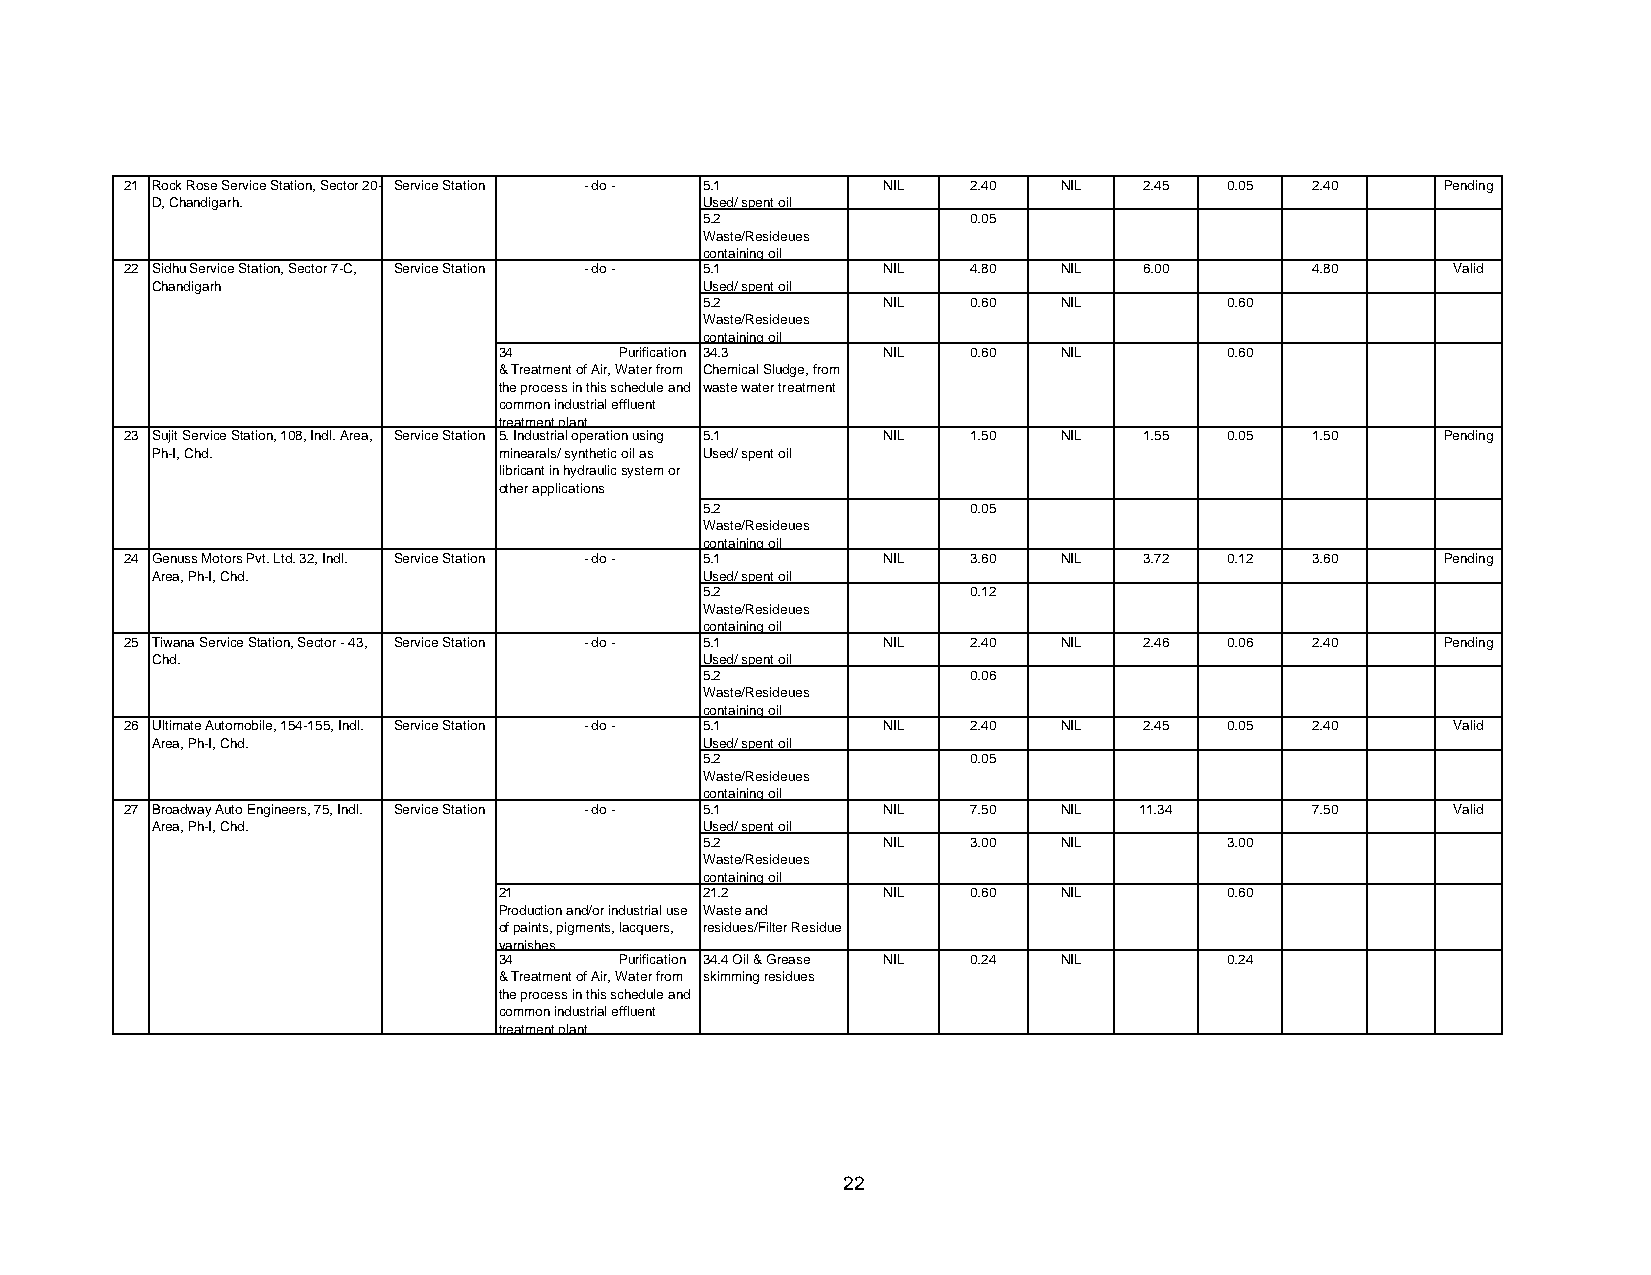
21 Rock Rose Service Station, Sector 20- Service Station - do - 5.1 NIL 2.40 NIL 2.45 0.05 2.40 Pending
 D, Chandigarh.                       Used/ spent oil
 5.2              0.05
 Waste/Resideues
 containing oil
 22 Sidhu Service Station, Sector 7-C, Service Station - do - 5.1 NIL 4.80 NIL 6.00 4.80 Valid
 Chandigarh                           Used/ spent oil
 5.2        NIL   0.60  NIL        0.60
 Waste/Resideues
 containing oil
 34      Purification 34.3 NIL  0.60  NIL        0.60
 & Treatment of Air, Water from Chemical Sludge, from
 the process in this schedule and waste water treatment
 common industrial effluent
 treatment plant.
 23 Sujit Service Station, 108, Indl. Area, Service Station 5. Industrial operation using 5.1 NIL 1.50 NIL 1.55 0.05 1.50 Pending
 Ph-I, Chd.             minearals/ synthetic oil as Used/ spent oil
 libricant in hydraulic system or
 other applications
 5.2              0.05
 Waste/Resideues
 containing oil
 24 Genuss Motors Pvt. Ltd. 32, Indl. Service Station - do - 5.1 NIL 3.60 NIL 3.72 0.12 3.60 Pending
 Area, Ph-I, Chd.                     Used/ spent oil
 5.2              0.12
 Waste/Resideues
 containing oil
 25 Tiwana Service Station, Sector - 43, Service Station - do - 5.1 NIL 2.40 NIL 2.46 0.06 2.40 Pending
 Chd.                                 Used/ spent oil
 5.2              0.06
 Waste/Resideues
 containing oil
 26 Ultimate Automobile, 154-155, Indl. Service Station - do - 5.1 NIL 2.40 NIL 2.45 0.05 2.40 Valid
 Area, Ph-I, Chd.                     Used/ spent oil
 5.2              0.05
 Waste/Resideues
 containing oil
 27 Broadway Auto Engineers, 75, Indl. Service Station - do - 5.1 NIL 7.50 NIL 11.34 7.50 Valid
 Area, Ph-I, Chd.                     Used/ spent oil
 5.2        NIL   3.00  NIL        3.00
 Waste/Resideues
 containing oil
 21            21.2       NIL   0.60  NIL        0.60
 Production and/or industrial use Waste and
 of paints, pigments, lacquers, residues/Filter Residue
 varnishes,
 34      Purification 34.4 Oil & Grease NIL 0.24 NIL 0.24
 & Treatment of Air, Water from skimming residues
 the process in this schedule and
 common industrial effluent
 treatment plant.
 22